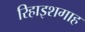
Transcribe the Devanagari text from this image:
रिहाइशगाह